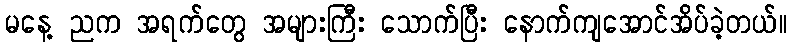
မနေ့ ညက အရက်တွေ အများကြီး သောက်ပြီး နောက်ကျအောင်အိပ်ခဲ့တယ်။